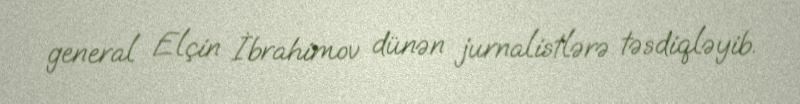
general Elçin İbrahimov dünən jurnalistlərə təsdiqləyib.